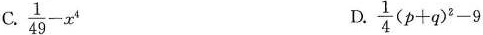
C. $$ \frac{1}{49} - x^{4} $$ D. $$ \frac{1}{4}(p + q)^{2} - 9 $$